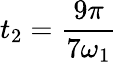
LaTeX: t_{2}=\frac{9\pi}{7\omega_{1}}